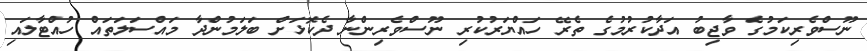
ނޫސްވެރިކަމުގެ ވާޖިބު އަދާކުރުމުގެ ތެރޭ ހައްޔަރުކުރި ނޫސްވެރިންނާ ދެކޮޅަށް ބަލަމުންދާ މައްސަލަތައް ހުއްޓާލައި